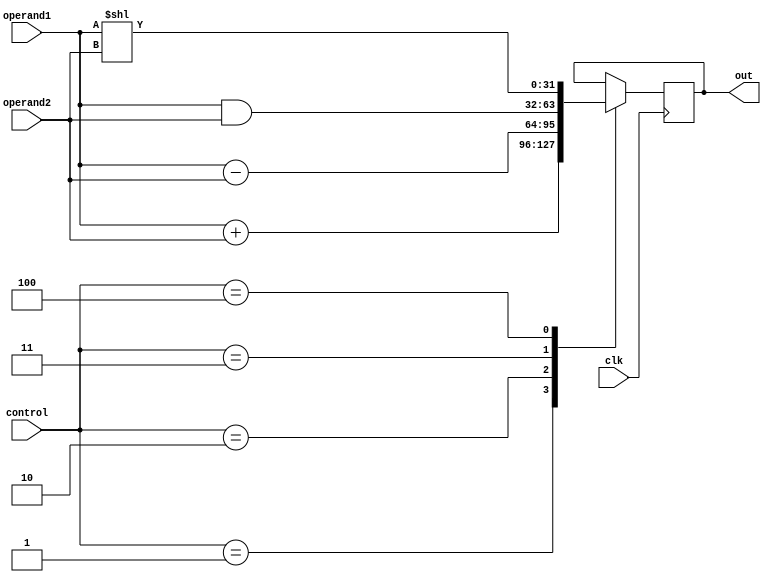
module ALU #(parameter Width = 32)(control, operand1, operand2, out, clk);

	input [3:0] control;
	input [Width-1:0] operand1, operand2;
	input clk;
	
	output [Width-1:0] out;
	reg [Width-1:0] out;
	
	always @(posedge clk)
	begin
		case(control)
			4'b0001 : out <= operand1 + operand2;
			4'b0010 : out <= operand1 - operand2;
			4'b0011 : out <= operand1 & operand2;
			4'b0100 : out <= operand1 << operand2;
		endcase
	end

endmodule